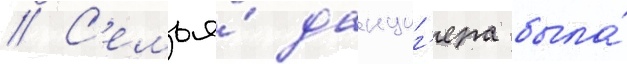
// С'емья́ данциг'ера была́